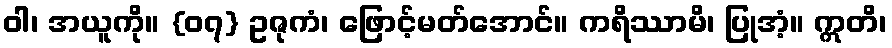
ဝါ၊ အယူကို။ {၀၇} ဥဇုကံ၊ ဖြောင့်မတ်အောင်။ ကရိဿာမိ၊ ပြုအံ့။ ဣတိ၊